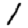
Digit: 1